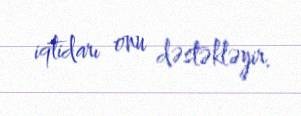
iqtidarı onu dəstəkləyir.